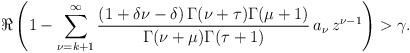
LaTeX: \begin{align*}\Re \left(1- \sum_{\nu =k+1 }^{ \infty} \dfrac{(1+\delta \nu- \delta ) \,\Gamma(\nu+\tau)\Gamma(\mu+1)}{\Gamma(\nu+\mu)\Gamma(\tau+1)}\,a_{\nu} \, z^{\nu-1} \right) > \gamma.\end{align*}